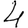
Digit: 4